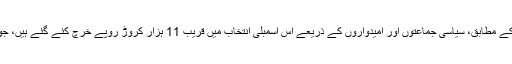
سینٹر فار میڈیا اسٹڈیز کے سروے کے مطابق، سیاسی جماعتوں اور امیدواروں کے ذریعے اس اسمبلی انتخاب میں قریب 11 ہزار کروڑ روپے خرچ کئے گئے ہیں، جو پچھلے انتخابی خرچ کا دو گنا ہے۔